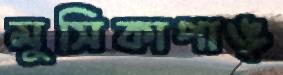
মুসিকাপাঙ্